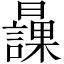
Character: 𣋾